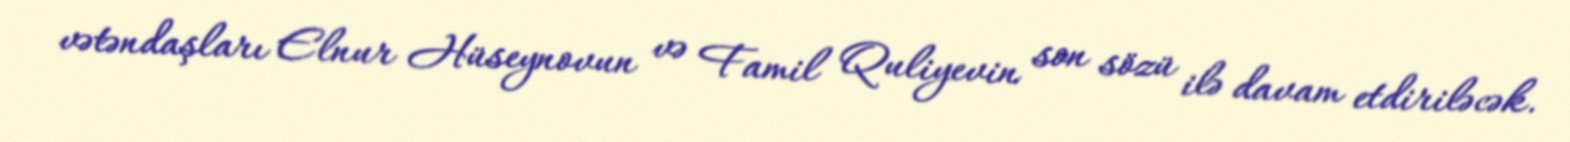
vətəndaşları Elnur Hüseynovun və Famil Quliyevin son sözü ilə davam etdiriləcək.